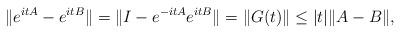
LaTeX: \begin{align*}\|e^{itA} - e^{itB}\|=\| I - e^{-itA} e^{itB} \|=\| G(t)\|\leq|t|\|A-B\|,\end{align*}